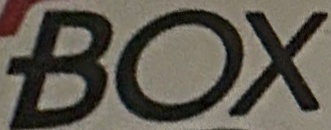
BOX